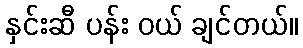
နှင်းဆီ ပန်း ဝယ် ချင်တယ်။